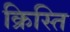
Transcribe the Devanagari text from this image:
क्रिस्ति